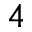
^ { 4 }